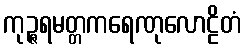
ကုဉ္ဇရမတ္တကရေဏုလောဠိတံ